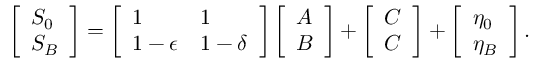
\left[ \begin{array} { l } { S _ { 0 } } \\ { S _ { B } } \end{array} \right] = \left[ \begin{array} { l l } { 1 } & { 1 } \\ { 1 - \epsilon } & { 1 - \delta } \end{array} \right] \left[ \begin{array} { l } { A } \\ { B } \end{array} \right] + \left[ \begin{array} { l } { C } \\ { C } \end{array} \right] + \left[ \begin{array} { l } { \eta _ { 0 } } \\ { \eta _ { B } } \end{array} \right] .